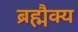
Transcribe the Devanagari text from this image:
ब्रह्मैक्य